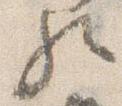
歟